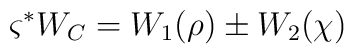
\varsigma^{*} W_C= W_1(\rho)\pm W_2(\chi)